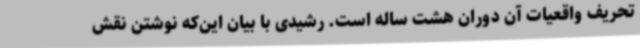
تحریف واقعیات آن دوران هشت ساله است. رشیدی با بیان این‌که نوشتن نقش